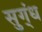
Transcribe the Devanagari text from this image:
सुग्ंध